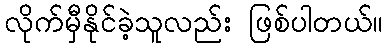
လိုက်မှီနိုင်ခဲ့သူလည်း ဖြစ်ပါတယ်။